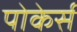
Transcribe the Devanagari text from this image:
पोकेर्स